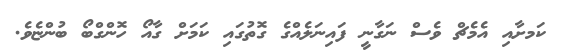
ކަަމށާއި އެމެޗް ވެސް ނަގާނީ ފައިނަލެއްގެ ގޮތުގައި ކަމަށް ގާއޯ ހޮންގްބޯ ބުންޏެވެ.